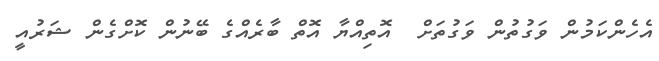
އެހެންކަމުން ވަގުތުން ވަގުތަށް  އޮތިއްޔާ އޮތް ބާރެއްގެ ބޭނުން ކޮށްގެން ޝަރުއީ